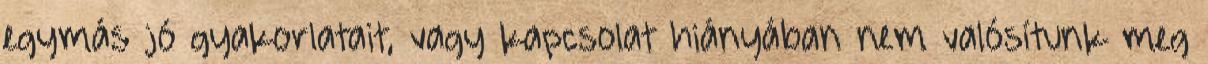
egymás jó gyakorlatait, vagy kapcsolat hiányában nem valósítunk meg